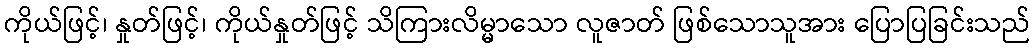
ကိုယ်ဖြင့်၊ နှုတ်ဖြင့်၊ ကိုယ်နှုတ်ဖြင့် သိကြားလိမ္မာသော လူဇာတ် ဖြစ်သောသူအား ပြောပြခြင်းသည်